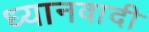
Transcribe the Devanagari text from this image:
ध्यानवादी